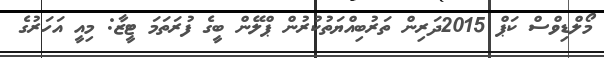
މޯލްޑިވްސް ކަޕް 2015ދަރިން ތަރުބިއްޔަތުކުރުން ޕްލޭން ބީގެ ފުރަތަމަ ޓީޒާ: މިއީ އަހަރުގެ